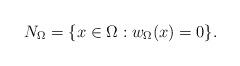
LaTeX: \begin{align*}N_\Omega = \{ x \in \Omega: w_\Omega (x) = 0 \}.\end{align*}